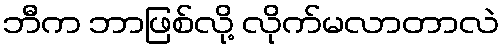
ဘီက ဘာဖြစ်လို့ လိုက်မလာတာလဲ